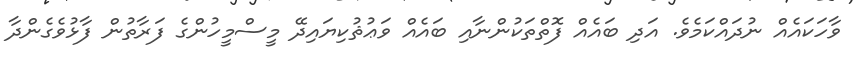
ވާހަކައެއް ނުދައްކަމެވެ. އަދި ބައެއް ފޮތްތަކުންނާއި ބައެއް ވަޢުޘުކިޔައިދޭ މީސްމީހުންގެ ފަރާތުން ފާޅުވެގެންދާ